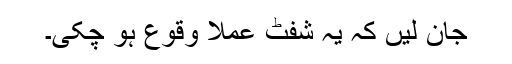
جان لیں کہ یہ شِفٹ عملاً وقوع ہو چکی۔